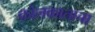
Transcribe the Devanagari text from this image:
कोलकाताचा